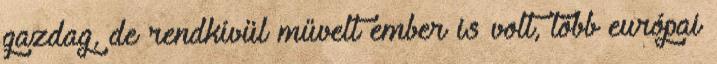
gazdag, de rendkívül művelt ember is volt, több európai